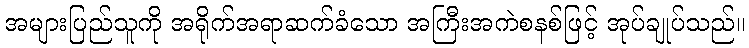
အများပြည်သူကို အရိုက်အရာဆက်ခံသော အကြီးအကဲစနစ်ဖြင့် အုပ်ချုပ်သည်။